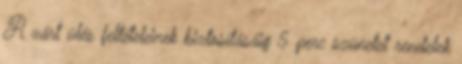
A zárt ülés feltételeinek biztosításáig 5 perc szünetet rendelek